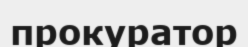
прокуратор